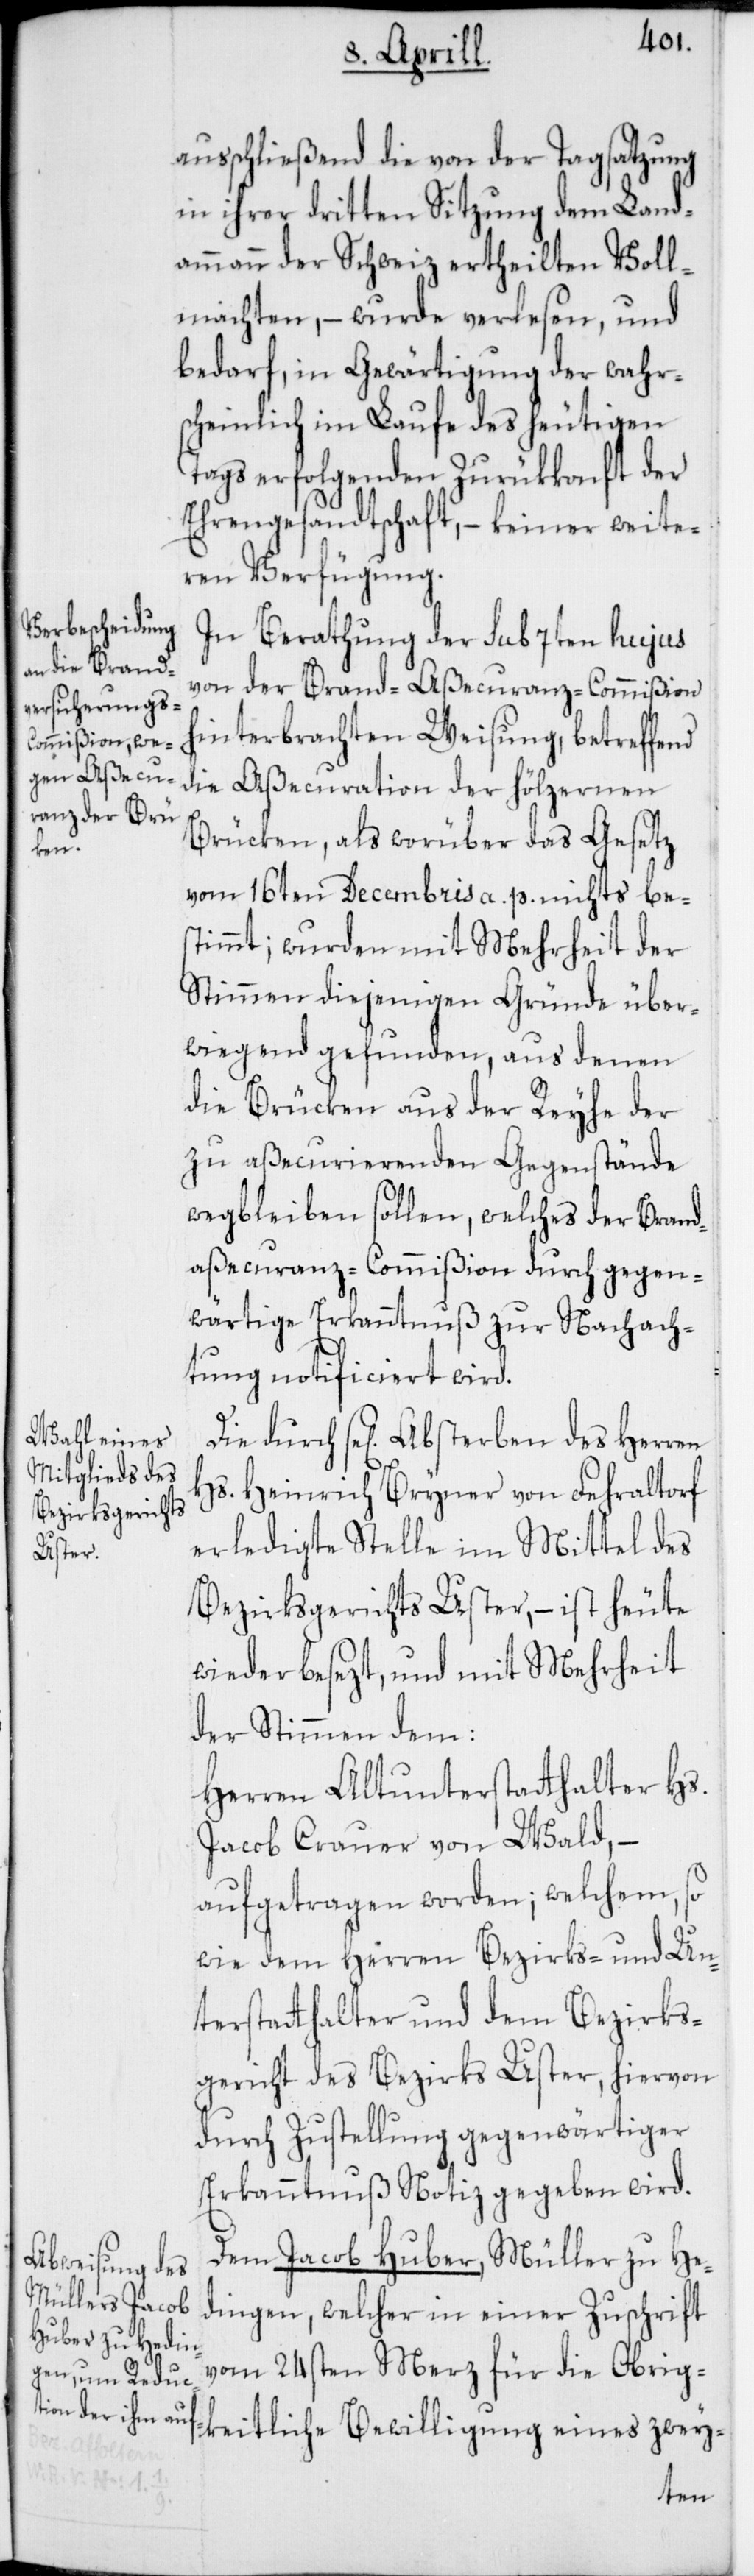
ausschließend die von der Tagsatzung
in ihrer dritten Sitzung dem Land¬
ammann der Schweiz ertheilten Voll¬
machten, – wurde verlesen, und
bedarf in Gewärtigung der wahr¬
scheinlich im Laufe des heutigen
Tags erfolgenden Zurükkonft der
Ehrengesandtschaft, – keiner weite¬
ren Verfügung.
In Berathung der sub 7ten hujus
von der Brand-Aßecuranz-Commißion
hinterbrachten Weisung, betreffend
die Aßecuration der hölzernen
Brücken, als worüber das Gesetz
vom 16ten Decembris a. p. nichts be¬
stimmt; wurden mit Mehrheit der
Stimmen diejenigen Gründe über¬
wiegend gefunden, aus denen
die Brücken aus der Reyhe der
zu aßecurierenden Gegenstände
wegbleiben sollen, welches der Brand¬
aßecuranz-Commißion durch gegen¬
wärtige Erkanntnuß zur Nachach¬
tung notificiert wird.
Die durch sel. Absterben des Herren
Hs. Heinrich Bryner von Fehraltorf
erledigte Stelle im Mittel des
Bezirksgerichts Uster, – ist heute
wieder besezt, und mit Mehrheit
der Stimmen dem
Herren Altunterstatthalter Hs.
Jacob Crauer von Wald, –
aufgetragen worden; welchem, so
wie dem Herren Bezirks- und Un¬
terstatthalter und dem Bezirks¬
gericht des Bezirks Uster, hiervon
durch Zustellung gegenwärtiger
Erkanntnuß Notiz gegeben wird.
Dem Jacob Huber, Müller zu He¬
dingen, welcher in einer Zuschrift
vom 24sten Merz für die Obrig¬
keitliche Bewilligung eines zwey-